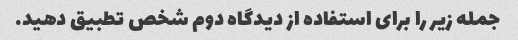
جمله زیر را برای استفاده از دیدگاه دوم شخص تطبیق دهید.